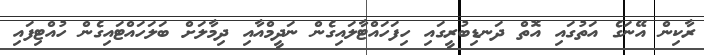
ރާކިން އޭނަގެ އަތުގައި އޮތް ދަނޑިބުރީގައި ހިފަހައްޓާލައިގެން ނަދީމްއާއި ދިމާލަށް ބަލަހައްޓައިގެން ހުއްޓިފައި